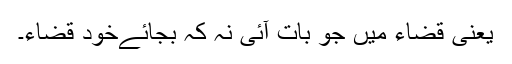
یعنی قضاء میں جو بات آئی نہ کہ بجائےخود قضاء۔